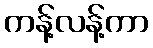
ကန့်လန့်ကာ